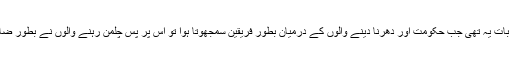
مگر اب کی بار نئی بات یہ تھی جب حکومت اور دھرنا دینے والوں کے درمیان بطور فریقین سمجھوتا ہوا تو اس پر پس چلمن رہنے والوں نے بطور ضامن دستخط کردئے ۔